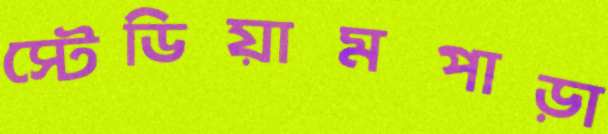
স্টেডিয়ামপাড়া